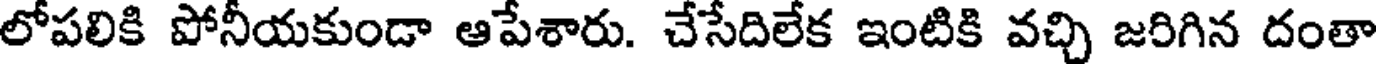
లోపలికి పోనీయకుండా ఆపేశారు. చేసేదిలేక ఇంటికి వచ్చి జరిగిన దంతా